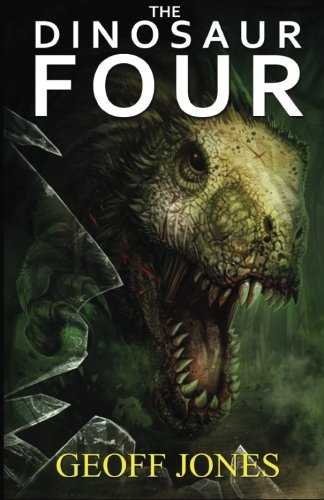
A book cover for The Dinosaur Four; Geoff Jones; Science Fiction & Fantasy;